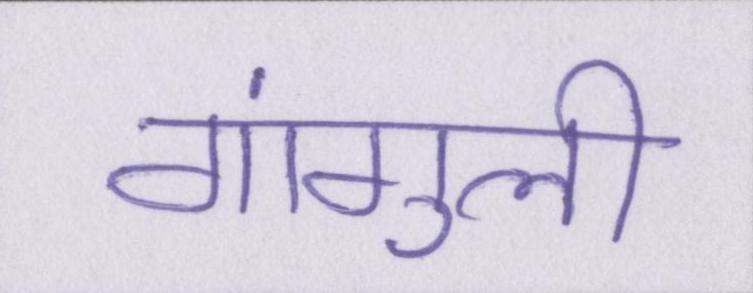
गांगुली